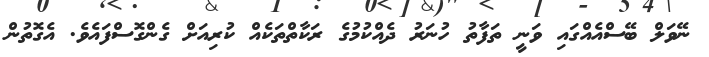
ނޭވަލް ބޭސްއެއްގައި ވަނީ ތަފާތު ހުނަރު ދެއްކުމުގެ ރަކާތްތަކެއް ކުރިއަށް ގެންގޮސްފައެވެ. އެގޮތުން